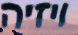
ויזיה